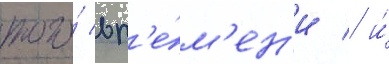
того́ вр'е́м'ен'и / и́